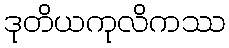
ဒုတိယကုလိကဿ